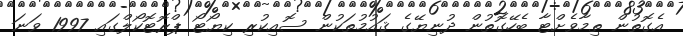
އެގޮތުން ތިމާވެށްޓާ ބެހޭގޮތުން ދުނިޔޭގެ ޤައުމުތަކުން ސޮއިކުރި ކިޔޯޓޯ ޕްރޮޓޮކޯލްގައި 1997 ވަނަ